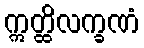
ဣတ္ထိလက္ခဏံ